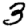
Digit: 3